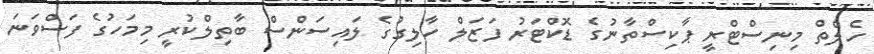
ހެލްތް މިނިސްޓްރީ ޕާކިސްތާނުގެ ޑޮކްޓަރު ފަޒަލް ހާލިގުގެ ލައިސަންސް ބާތިލްކުރީ މިމަހުގެ ފަސްވަނަ